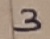
Text: 3